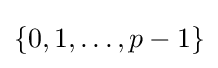
\{0,1,\dots ,p-1\}